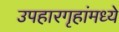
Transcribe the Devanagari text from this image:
उपहारगृहांमध्ये